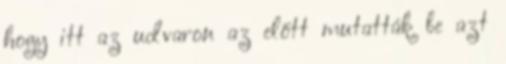
hogy itt az udvaron az előtt mutatták be azt